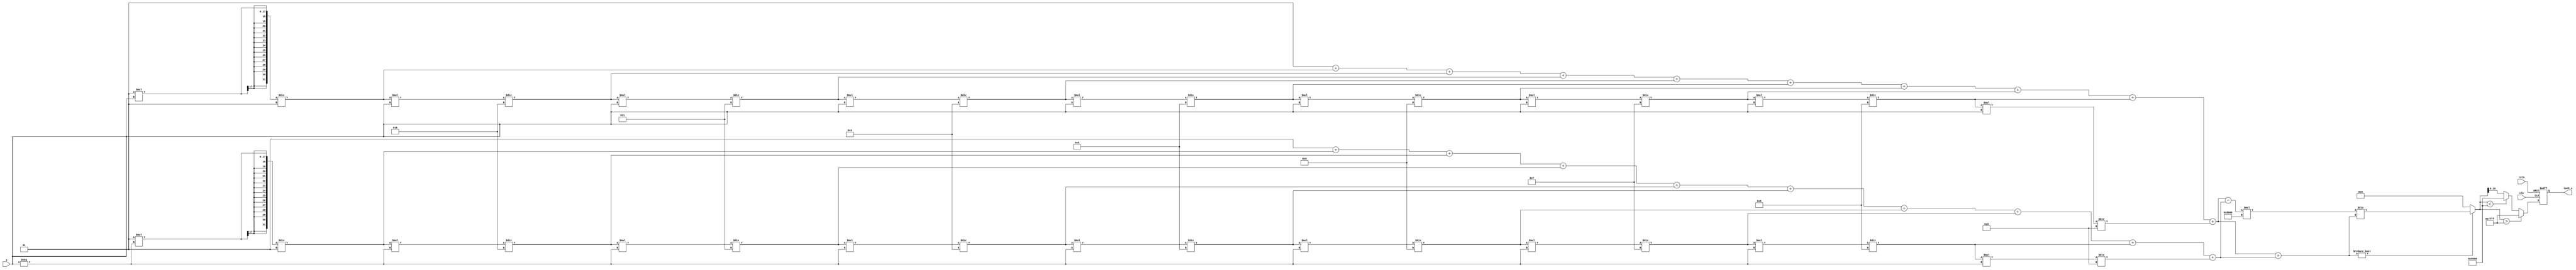
module tanh_block #(
    parameter IN_WIDTH = 16,      // Input width
    parameter OUT_WIDTH = 16,     // Output width
    parameter L = 8                // Polynomial approximation degree
)(
    input wire clk,                // Clock signal
    input wire rstn,               // Active low reset
    input wire [IN_WIDTH-1:0] x,   // Input signal
    output reg [OUT_WIDTH-1:0] tanh_x // Output signal
);

    // Intermediate variables
    reg signed [2*IN_WIDTH-1:0] e_pos, e_neg;   // For computing e^x and e^-x
    reg signed [2*IN_WIDTH-1:0] numerator;        // e^x - e^-x
    reg signed [2*IN_WIDTH-1:0] denominator;      // e^x + e^-x
    reg signed [2*OUT_WIDTH-1:0] result;          // Result before saturation

    // Function to compute e^x using Taylor series approximation
    function signed [2*IN_WIDTH-1:0] exp_taylor;
        input signed [IN_WIDTH-1:0] x;
        integer i;
        reg signed [2*IN_WIDTH-1:0] term;
        reg signed [2*IN_WIDTH-1:0] sum;
        begin
            term = 1; // e^0 = 1
            sum = term;

            // Taylor series for e^x: x^n/n!
            for (i = 1; i < 10; i = i + 1) begin
                term = (term * x) / i; // term = x^i/i!
                sum = sum + term;
            end
            exp_taylor = sum;
        end
    endfunction

    // Sequential logic to compute tanh
    always @(posedge clk or negedge rstn) begin
        if (!rstn) begin
            tanh_x <= 0;
        end else begin
            // Compute e^x and e^-x
            e_pos = exp_taylor(x);
            e_neg = exp_taylor(-x);

            // Compute numerator and denominator
            numerator = e_pos - e_neg;
            denominator = e_pos + e_neg;

            // Compute tanh
            if (denominator != 0) begin
                result = (numerator * (1 << (OUT_WIDTH - 1))) / denominator; // Scale for fixed point
            end else begin
                result = 0; // Avoid division by zero
            end
            
            // Saturate result to fit output width
            if (result > (1 << (OUT_WIDTH - 1)) - 1) begin
                tanh_x <= (1 << (OUT_WIDTH - 1)) - 1; // Saturate to +1
            end else if (result < -(1 << (OUT_WIDTH - 1))) begin
                tanh_x <= -(1 << (OUT_WIDTH - 1)); // Saturate to -1
            end else begin
                tanh_x <= result[OUT_WIDTH-1:0]; // Assign result to output
            end
        end
    end

endmodule